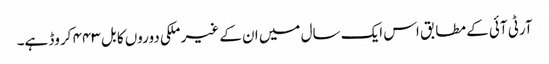
آرٹی آئی کے مطابق اس ایک سال میں ان کے غیر ملکی دوروں کا بل ۴۴۳ کروڈ ہے۔